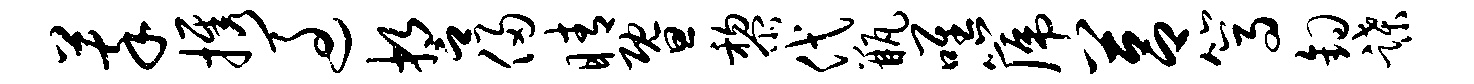
萃携过誓侵睛暨黎代瓶唯篪莒篙钩蹀